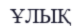
ҰЛЫҚ